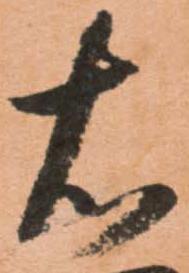
右